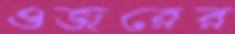
ওজরের